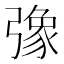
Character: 𢐣